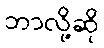
ဘာလို့ဆို